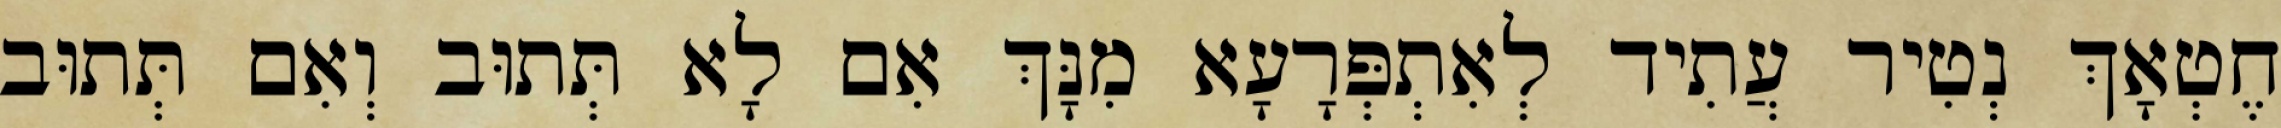
חֶטְאָךְ נְטִיר עֲתִיד לְאִתְפְּרָעָא מִנָּךְ אִם לָא תְּתוּב וְאִם תְּתוּב